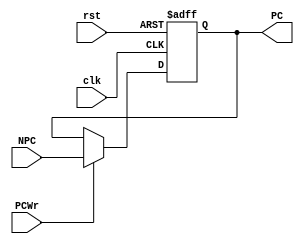
module PC( clk, rst, PCWr, NPC, PC );
           
   input         clk;
   input         rst;
   input         PCWr;
   input  [31:2] NPC;
   output [31:2] PC;
   
   reg [31:2] PC;
   reg [1:0] tmp;
               
   always @(posedge clk or posedge rst) begin
      if ( rst ) 
         {PC, tmp} <= 32'h0000_3000;   
      else if ( PCWr ) 
         PC <= NPC;
   end // end always
           
endmodule